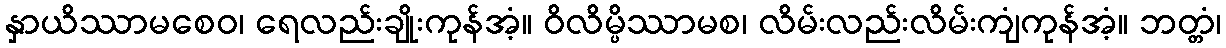
နှာယိဿာမစေဝ၊ ရေလည်းချိုးကုန်အံ့။ ဝိလိမ္ပိဿာမစ၊ လိမ်းလည်းလိမ်းကျံကုန်အံ့။ ဘတ္တံ၊